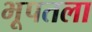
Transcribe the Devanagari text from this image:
भूपतला